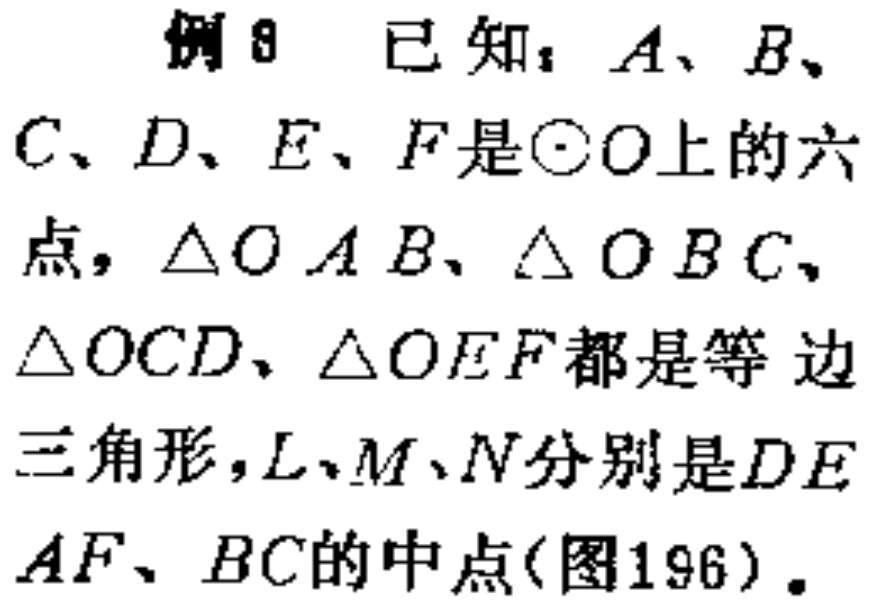
例8 已知：\(A、B、C、D、E、F\)是\(\odot O\)上的六点，\(\triangle OAB、\triangle OBC、\triangle OCD、\triangle OEF\)都是等边三角形，\(L、M、N\)分别是\(DE、AF、BC\)的中点(图196)。